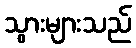
သွားများသည်